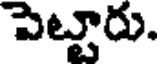
పెట్టారు.